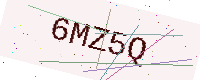
Text: 6MZ5Q